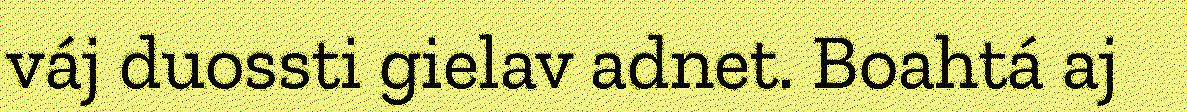
váj duossti gielav adnet. Boahtá aj